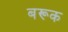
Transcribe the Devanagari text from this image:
बरूक